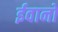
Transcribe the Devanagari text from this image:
ईवानों